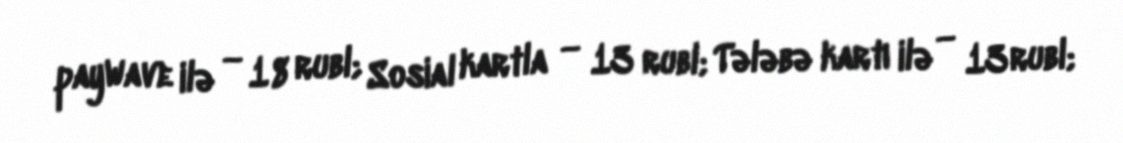
payWave ilə — 18 rubl; Sosial kartla — 13 rubl; Tələbə kartı ilə — 13 rubl;